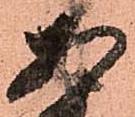
あ